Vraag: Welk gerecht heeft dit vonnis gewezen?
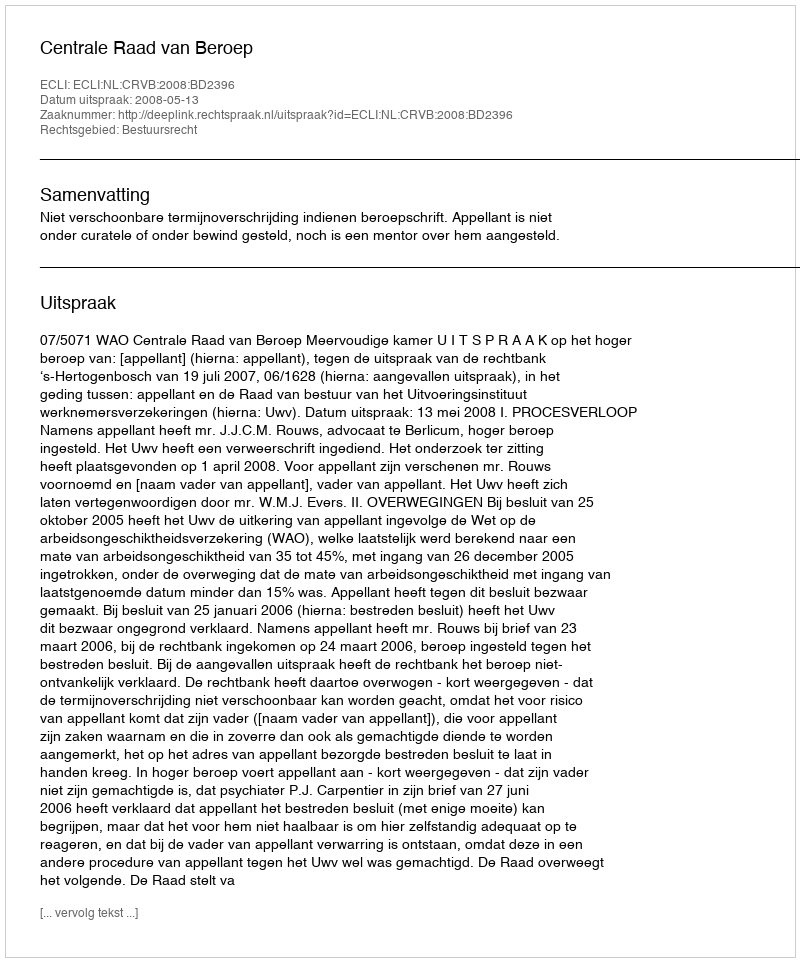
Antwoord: Centrale Raad van Beroep